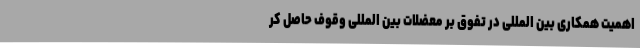
اهمیت همکاری بین المللی در تفوق بر معضلات بین المللی وقوف حاصل کر